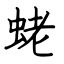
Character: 蛯